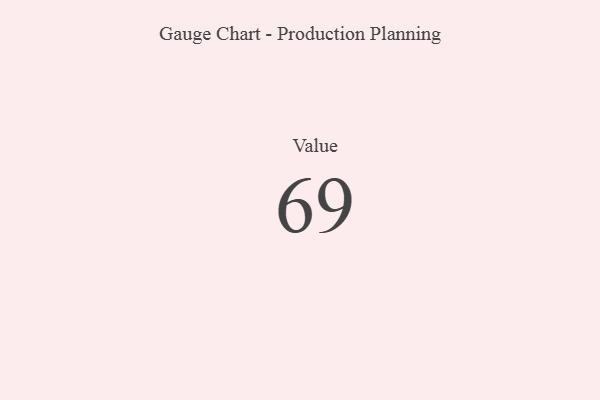
{"axis": {"x": "Metric", "y": "Value"}, "legend": [""], "data": [{"x": "Value", "y": 69, "type": ""}]}